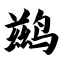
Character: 鹚